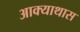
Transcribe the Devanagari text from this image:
आक्याथास